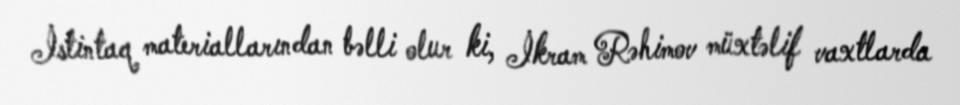
İstintaq materiallarından bəlli olur ki, İkram Rəhimov müxtəlif vaxtlarda